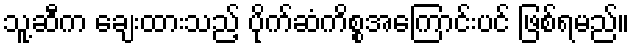
သူ့ဆီက ချေးထားသည့် ပိုက်ဆံကိစ္စအကြောင်းပင် ဖြစ်ရမည်။